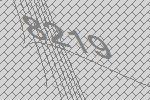
8219